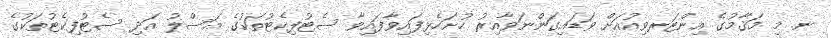
ނ. މި މަޤާމުގެ އިންޓަރވިއުއަށް ވަޑައިގަންނަވާއިރު ހުށަހެޅިފައިވާފައިވާ ސެޓުފިކެޓުތަކުގެ އަސްލު އަދި ސެޓުފިކެޓުތަކުގެ